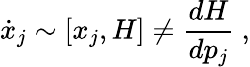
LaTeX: {\dot{x}_{j}}\sim[x_{j},H]\neq{\frac{dH}{dp_{j}}}~,